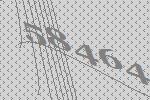
58464